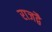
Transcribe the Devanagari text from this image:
राजद्वै